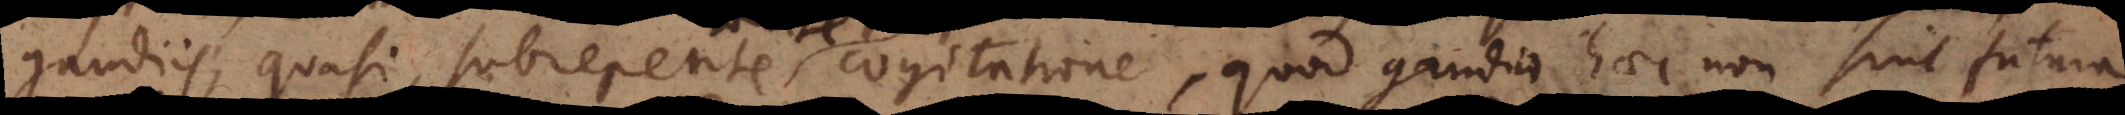
gaudis, quasi subrepente cogitatione, quod gaudia haec non sint futura